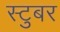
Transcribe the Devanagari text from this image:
स्टुबर